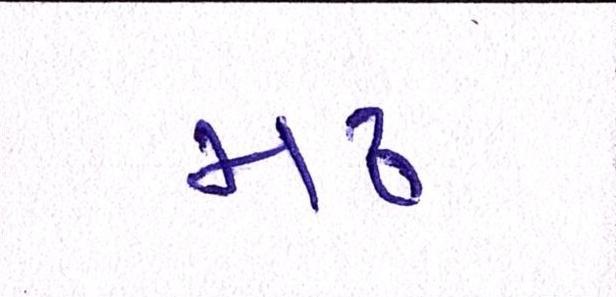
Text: મઢ